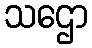
သဌော